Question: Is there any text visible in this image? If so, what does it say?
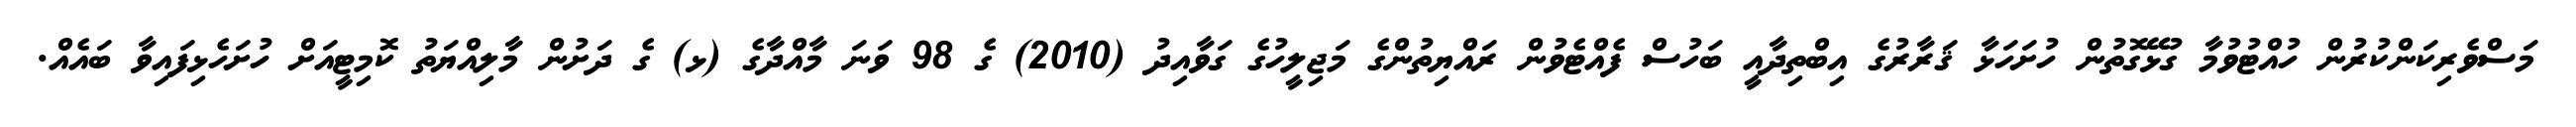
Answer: މަސްވެރިކަންކުރުން ހުއްޓުވުމާ ގުޅޭގޮތުން ހުށަހަޅާ ޤަރާރުގެ އިބްތިދާއީ ބަހުސް ފެއްޓެވުން ރައްޔިތުންގެ މަޖިލީހުގެ ގަވާއިދު (2010) ގެ 98 ވަނަ މާއްދާގެ (ޅ) ގެ ދަށުން މާލިއްޔަތު ކޮމިޓީއަށް ހުށަހެޅިފައިވާ ބައެއް.